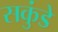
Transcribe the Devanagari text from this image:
सकुंडे